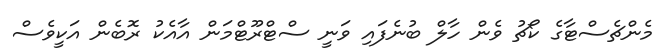
މެންޗެސްޓާގެ ކޯޗު ވެން ހާލް ބުނެފައި ވަނީ ސްޓްރޫޓްމަން އާއެކު ރޮބެން އަކީވެސް